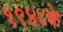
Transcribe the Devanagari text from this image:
१९४८के